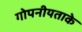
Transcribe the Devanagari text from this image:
गोपनीयताके